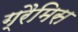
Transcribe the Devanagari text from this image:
ग्रैमिस